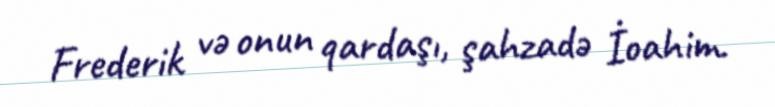
Frederik və onun qardaşı, şahzadə İoahim.